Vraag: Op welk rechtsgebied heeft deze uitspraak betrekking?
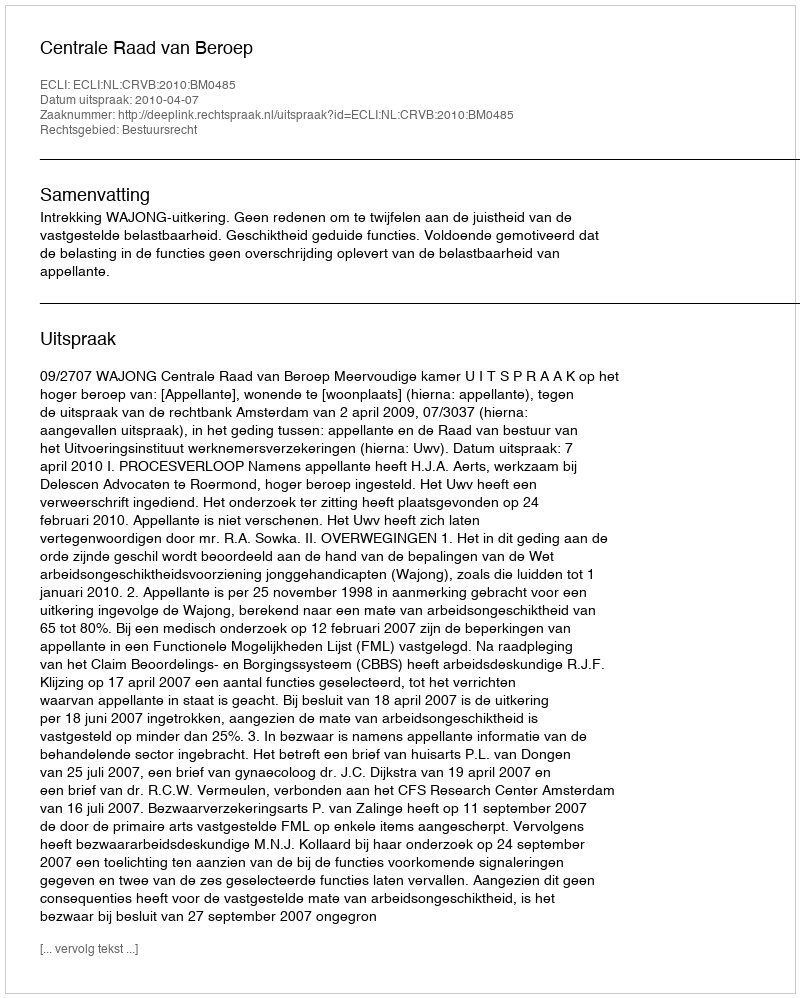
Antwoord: Bestuursrecht